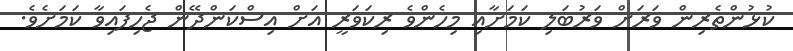
ކުޅުންތެރިން ވަރަށް ވަރުބަލި ކަމަށާއި މިހެންވެ ރިކަވަރީ އަށް އިސްކަންދޭން ޖެހިފައިވާ ކަމަށެވެ.